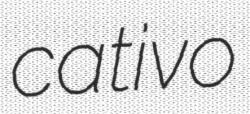
cativo